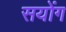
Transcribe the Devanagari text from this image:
सयोंग